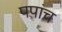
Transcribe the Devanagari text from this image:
पपांच